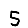
Digit: 5